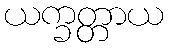
ယက္ခတ္တာယ